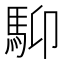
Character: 䭹